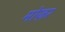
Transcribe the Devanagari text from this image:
मोज़र